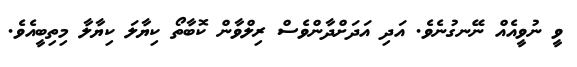
ވީ ނުވީއެއް ނޭނގުނެވެ. އަދި އަދަށްދާންވެސް ރިލްވާން ކޮބާތޯ ކިޔާލަ ކިޔާލާ މިތިބީއެވެ.